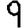
Digit: 9